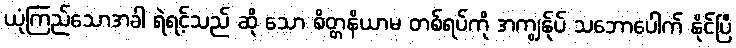
ယုံကြည်သောအခါ ရဲရင့်သည် ဆို သော စိတ္တနိယာမ တစ်ရပ်ကို အကျွန်ုပ် သဘောပေါက် နိုင်ပြီ